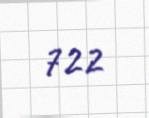
722